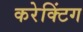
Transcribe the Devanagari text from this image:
करेक्टिंग